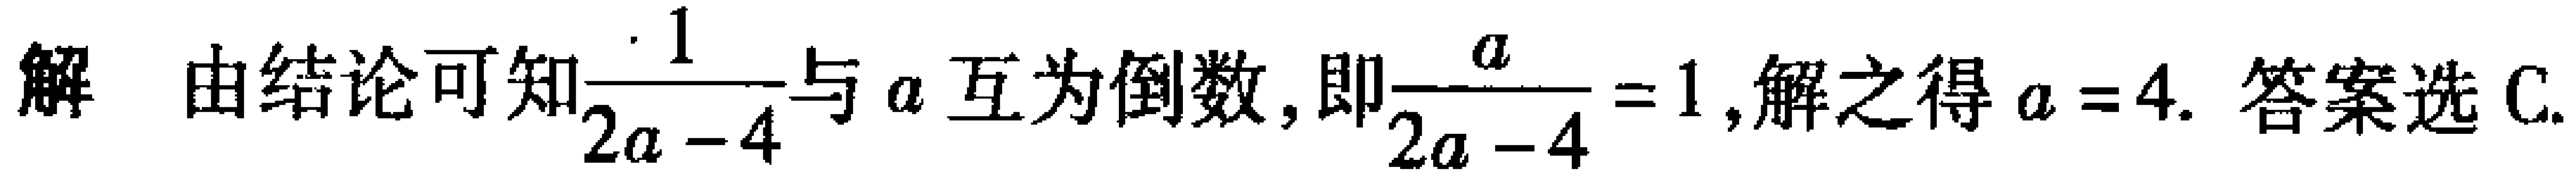
解 由结论可知$\frac{1}{2a - 4}$与$a$互为倒数, 即$\frac{a}{2a - 4}=1$, 解之得$a = 4$. 答案选C.